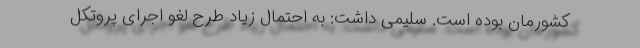
کشورمان بوده است. سلیمی داشت:‌ به احتمال زیاد طرح لغو اجرای پروتکل